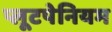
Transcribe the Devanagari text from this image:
प्लूटपेनियम